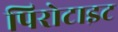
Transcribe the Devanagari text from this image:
पिरोटाइट